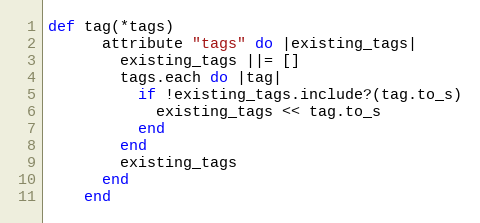
Language: Ruby
def tag(*tags)
      attribute "tags" do |existing_tags|
        existing_tags ||= []
        tags.each do |tag|
          if !existing_tags.include?(tag.to_s)
            existing_tags << tag.to_s
          end
        end
        existing_tags
      end
    end